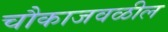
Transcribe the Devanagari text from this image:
चौकाजवळील